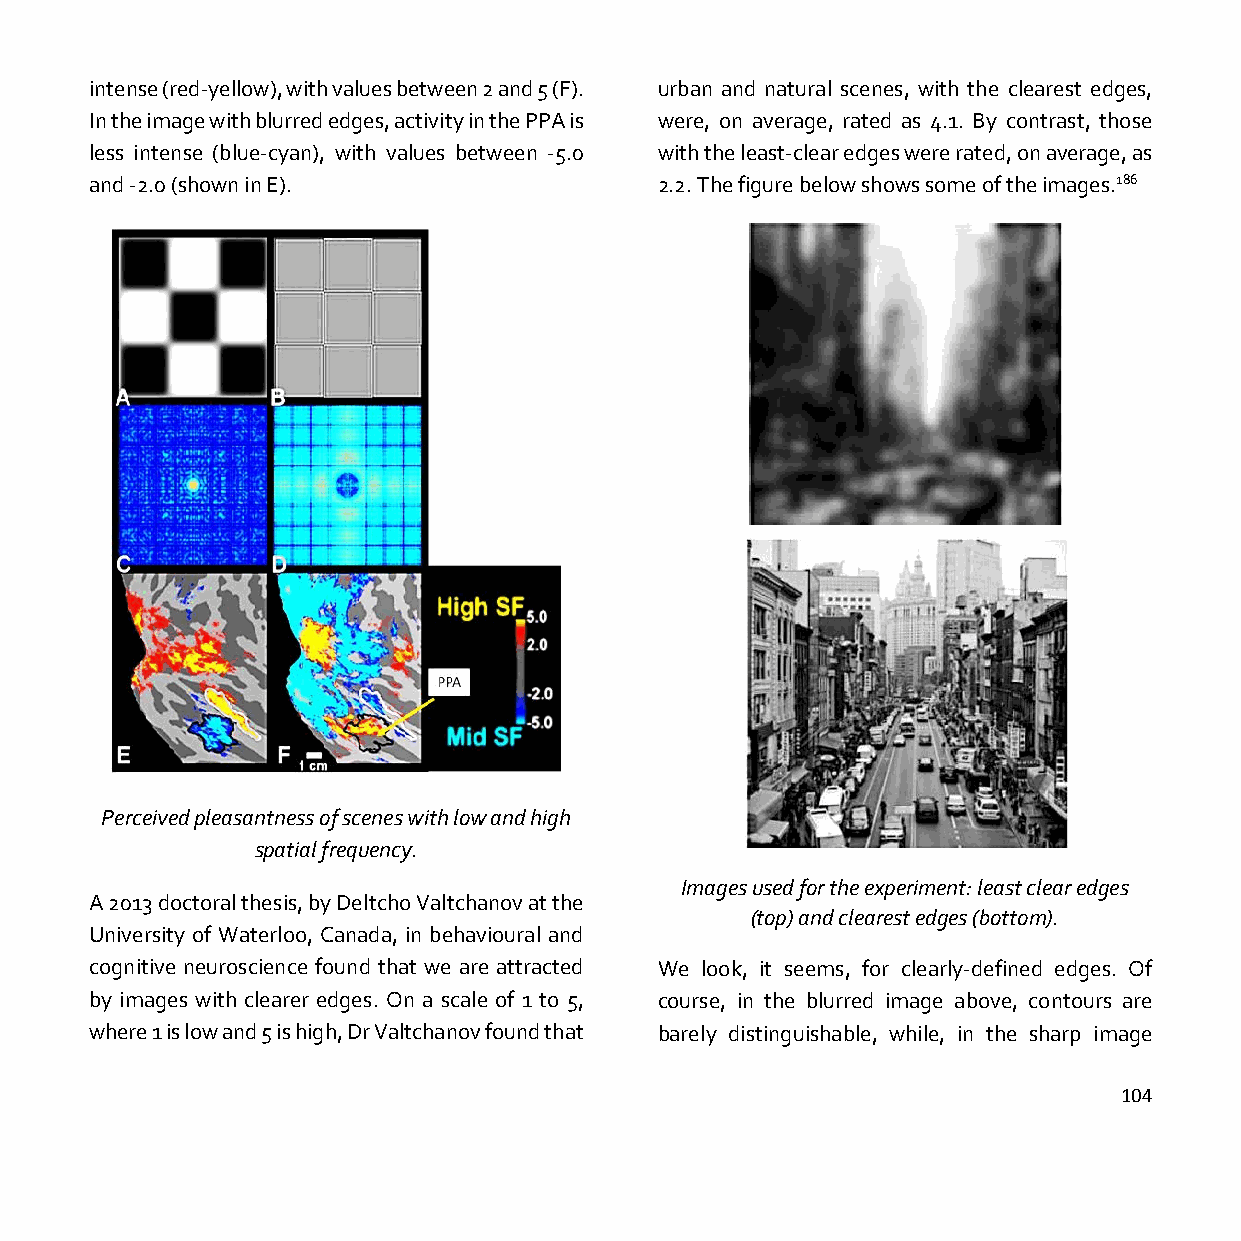
intense (red-yellow), with values between 2 and 5 (F). urban and natural scenes, with the clearest edges,
 In the image with blurred edges, activity in the PPA is were, on average, rated as 4.1. By contrast, those
 less intense (blue-cyan), with values between -5.0 with the least-clear edges were rated, on average, as
 and -2.0 (shown in E).                2.2. The figure below shows some of the images.186
 Perceived pleasantness of scenes with low and high
 spatial frequency.
 Images used for the experiment: least clear edges
 A 2013 doctoral thesis, by Deltcho Valtchanov at the
 (top) and clearest edges (bottom).
 University of Waterloo, Canada, in behavioural and
 cognitive neuroscience found that we are attracted We look, it seems, for clearly-defined edges. Of
 by images with clearer edges. On a scale of 1 to 5, course, in the blurred image above, contours are
 where 1 is low and 5 is high, Dr Valtchanov found that barely distinguishable, while, in the sharp image
 104